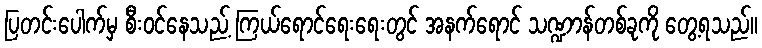
ပြတင်းပေါက်မှ စီးဝင်နေသည့် ကြယ်ရောင်ရေးရေးတွင် အနက်ရောင် သဏ္ဍာန်တစ်ခုကို တွေ့ရသည်။